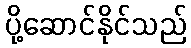
ပို့ဆောင်နိုင်သည်